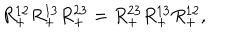
R _ { + } ^ { 1 2 } R _ { + } ^ { 1 3 } R _ { + } ^ { 2 3 } = R _ { + } ^ { 2 3 } R _ { + } ^ { 1 3 } R _ { + } ^ { 1 2 } ,